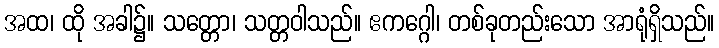
အထ၊ ထို အခါ၌။ သတ္တော၊ သတ္တဝါသည်။ ဧကဂ္ဂေါ၊ တစ်ခုတည်းသော အာရုံရှိသည်။